Vaccination North-Western Provinces and Oudh 1878-1895 - 1878-1895
Year: 1878
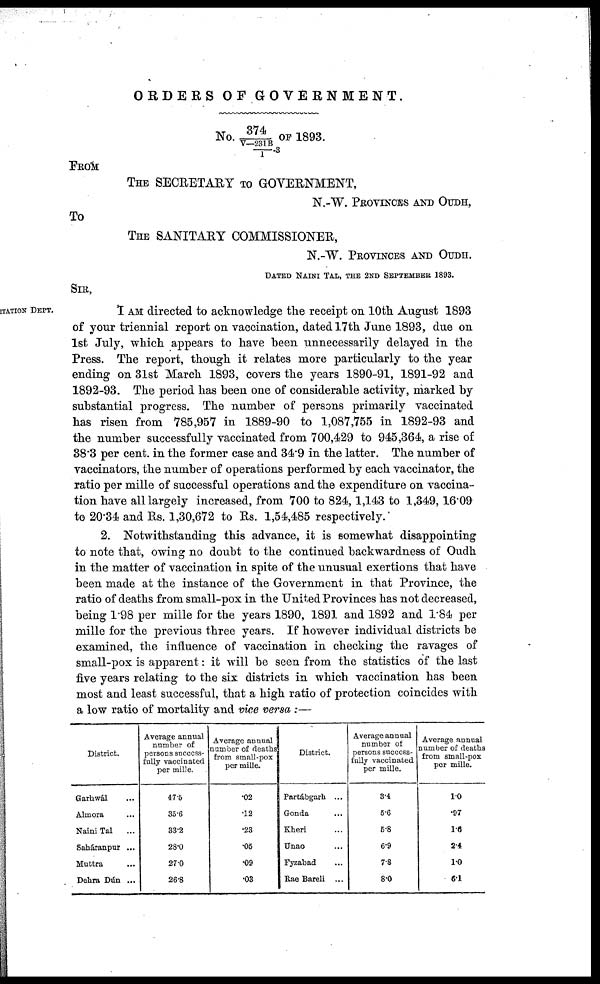
ORDERS OF GOVERNMENT.
No.374/V—231B/1-3 OF 1893
FROM
THE SECRETARY TO GOVERNMENT,
N.-W. PROVINCES AND OUDH,
To
THE SANITARY COMMISSIONER,
N.-W. PROVINCES AND OUDH.
DATED NAINI TAL, THE 2ND SEPTEMBER 1893.
SIR,
ITATION DEPT.
I AM directed to acknowledge the receipt on 10th August 1893
of your triennial report on vaccination, dated 17th June 1893, due on
1st July, which appears to have been unnecessarily delayed in the
Press. The report, though it relates more particularly to the year
ending on 31st March 1893, covers the years 1890-91, 1891-92 and
1892-93. The period has been one of considerable activity, marked by
substantial progress. The number of persons primarily vaccinated
has risen from 785,957 in 1889-90 to 1,087,755 in 1892-93 and
the number successfully vaccinated from 700,429 to 945,364, a rise of
38.3 per cent. in the former case and 34.9 in the latter. The number of
vaccinators, the number of operations performed by each vaccinator, the
ratio per mille of successful operations and the expenditure on vaccina-
tion have all largely increased, from 700 to 824, 1,143 to 1,349, 16.09
to 20.34 and Rs. 1,30,672 to Rs. 1,54,485 respectively.
2. Notwithstanding this advance, it is somewhat disappointing
to note that, owing no doubt to the continued backwardness of Oudh
in the matter of vaccination in spite of the unusual exertions that have
been made at the instance of the Government in that Province, the
ratio of deaths from small-pox in the United Provinces has not decreased,
being 1.98 per mille for the years 1890, 1891 and 1892 and 1.84 per
mille for the previous three years. If however individual districts be
examined, the influence of vaccination in checking the ravages of
small-pox is apparent: it will be seen from the statistics of the last
five years relating to the six districts in which vaccination has been
most and least successful, that a high ratio of protection coincides with
a low ratio of mortality and vice versa :—
District.
Garhwál ...
Almora ...
Naini Tal ...
Saháranpur ...
Muttra ...
Dehra Dún ...
Average annual
number of
persons success-
fully vaccinated
per mille.
47.5
35.6
33.2
28.0
27.0
26.8
Average annual
number of deaths
from small-pox
per mille.
.02
.12
.23
.05
.09
.03
District.
Partábgarh ...
Gonda ...
Kheri ...
Unao ...
Fyzabad ...
Rae Bareli ...
Average annual
number of
persons success-
fully vaccinated
per mille.
3.4
5.6
5.8
6.9
7.8
8.0
Average annual
number of deaths
from small-pox
per mille.
1.0
.97
1.6
2.4
1.0
6.1